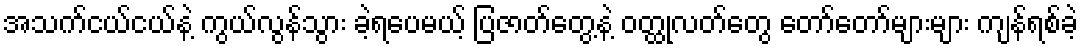
အသက်ငယ်ငယ်နဲ့ ကွယ်လွန်သွား ခဲ့ရပေမယ့် ပြဇာတ်တွေ့နဲ့ ဝတ္ထုလတ်တွေ တော်တော်များများ ကျန်ရစ်ခဲ့